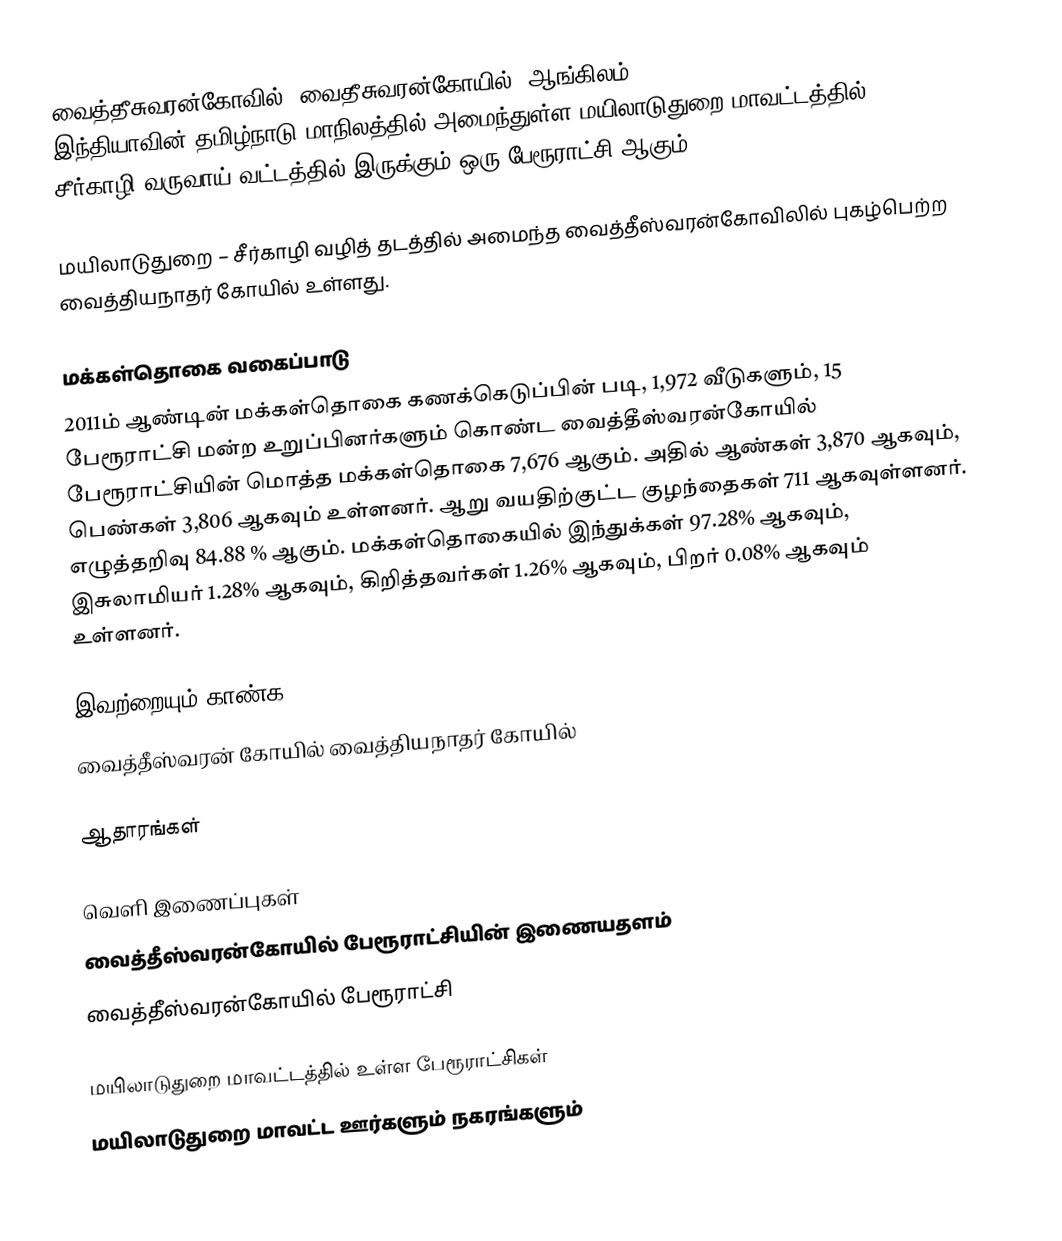
வைத்தீசுவரன்கோவில் (வைதீசுவரன்கோயில், ஆங்கிலம்: Vaitheeswarankoil), இந்தியாவின் தமிழ்நாடு மாநிலத்தில் அமைந்துள்ள மயிலாடுதுறை மாவட்டத்தில் சீர்காழி வருவாய் வட்டத்தில் இருக்கும் ஒரு பேரூராட்சி ஆகும்.

மயிலாடுதுறை – சீர்காழி வழித் தடத்தில் அமைந்த வைத்தீஸ்வரன்கோவிலில் புகழ்பெற்ற வைத்தியநாதர் கோயில் உள்ளது.

மக்கள்தொகை வகைப்பாடு
2011ம் ஆண்டின் மக்கள்தொகை கணக்கெடுப்பின் படி, 1,972     வீடுகளும், 15 பேரூராட்சி மன்ற உறுப்பினர்களும் கொண்ட வைத்தீஸ்வரன்கோயில்  பேரூராட்சியின் மொத்த மக்கள்தொகை 7,676    ஆகும். அதில்   ஆண்கள்  3,870   ஆகவும், பெண்கள்  3,806     ஆகவும் உள்ளனர். ஆறு வயதிற்குட்ட குழந்தைகள் 711   ஆகவுள்ளனர்.  எழுத்தறிவு 84.88 %    ஆகும்.  மக்கள்தொகையில் இந்துக்கள்  97.28%  ஆகவும், இசுலாமியர் 1.28% ஆகவும், கிறித்தவர்கள் 1.26%  ஆகவும், பிறர் 0.08%  ஆகவும் உள்ளனர்.

இவற்றையும் காண்க
வைத்தீஸ்வரன் கோயில் வைத்தியநாதர் கோயில்

ஆதாரங்கள்

வெளி இணைப்புகள்
வைத்தீஸ்வரன்கோயில்  பேரூராட்சியின் இணையதளம்
வைத்தீஸ்வரன்கோயில்  பேரூராட்சி

மயிலாடுதுறை மாவட்டத்தில் உள்ள பேரூராட்சிகள்
மயிலாடுதுறை மாவட்ட ஊர்களும் நகரங்களும்